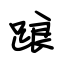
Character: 踉